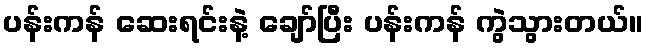
ပန်းကန် ဆေးရင်းနဲ့ ချော်ပြီး ပန်းကန် ကွဲသွားတယ်။